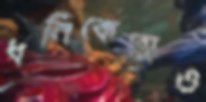
ধনিকেরাও